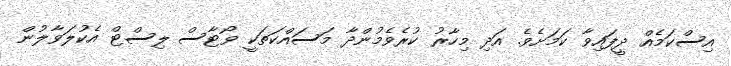
އިސްކަމެއް ދީފައިވާ ކަމަށެވެ. އަދި މިހާރު ކުރެވެމުންދާ މަސައްކަތަކީ ވޯޓާސް ލިސްޓް އެކުލަވާލުން